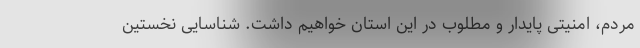
مردم، امنیتی پایدار و مطلوب در این استان خواهیم داشت. شناسایی نخستین